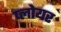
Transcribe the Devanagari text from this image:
प्लोयर